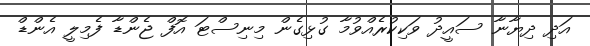
އަދި ދިޔާނާ ސައީދު ވަކިކުރެއްވުމާ ގުޅިގެން މިނިސްޓަ އޮފް ޖެންޑާ ފެމިލީ އެންޑް